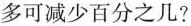
多可减少百分之几?